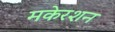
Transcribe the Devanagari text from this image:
मकेरशन